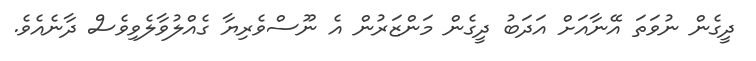
ދީގެން ނުވަތަ އޭނާއަށް އަދަބު ދީގެން މަންޒަރުން އެ ނޫސްވެރިޔާ ގެއްލުވާލެވިވެސް ދާނެއެވެ.